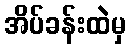
အိပ်ခန်းထဲမှ